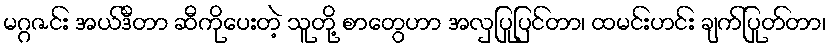
မဂ္ဂဇင်း အယ်ဒီတာ ဆီကိုပေးတဲ့ သူတို့ စာတွေဟာ အလှပြုပြင်တာ၊ ထမင်းဟင်း ချက်ပြုတ်တာ၊